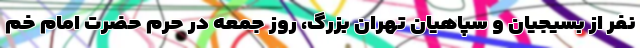
نفر از بسیجیان و سپاهیان تهران بزرگ، روز جمعه در حرم حضرت امام خم